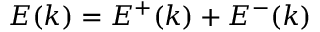
E ( k ) = E ^ { + } ( k ) + E ^ { - } ( k )